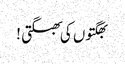
بھگتوں کی بھگتی !